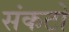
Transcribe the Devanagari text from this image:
संकटो